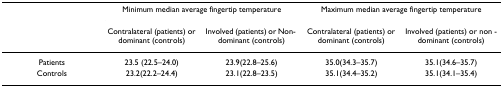
|  | <COLSPAN=2> Minimum median average fingertip temperature | <COLSPAN=2> Maximum median average fingertip temperature |
 |  | Contralateral (patients) or dominant (controls) | Involved (patients) or Non- dominant (controls) | Contralateral (patients) or dominant (controls) | Involved (patients) or non -dominant (controls) |
 | --- | --- | --- | --- | --- |
 | Patients | 23.5 (22.5–24.0) | 23.9(22.8–25.6) | 35.0(34.3–35.7) | 35.1(34.6–35.7) |
 | Controls | 23.2(22.2–24.4) | 23.1(22.8–23.5) | 35.1(34.4–35.2) | 35.1(34.1–35.4) |